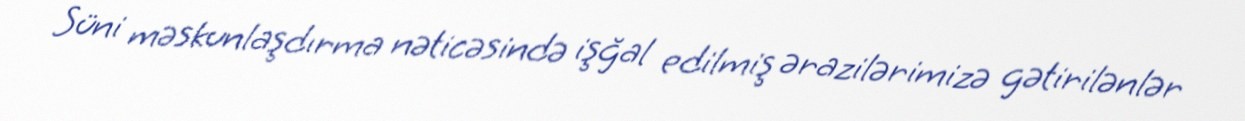
Süni məskunlaşdırma nəticəsində işğal edilmiş ərazilərimizə gətirilənlər